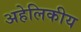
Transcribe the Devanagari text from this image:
अहेलिकीय